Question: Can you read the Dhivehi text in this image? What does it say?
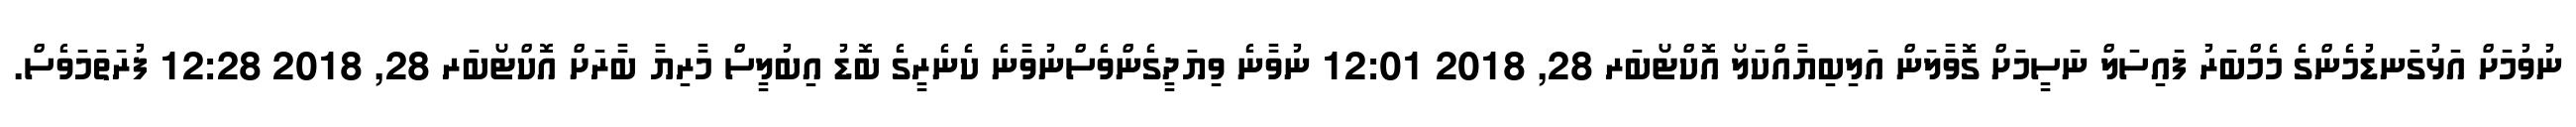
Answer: ނުވުމަށް އަޅުގަނޑުމެންގެ މެމްބަރު ފައިސަލް ނަސީމަށް ގޮވާލަން އަލިބިޔާއްކަލޯ އޮކްޓޯބަރ 28, 2018 12:01 ނުވާނެ ވިޔަދީގެންވެސްނުވާނެ ކެނެރީގެ ބޮޑު އިބުލީސް މާރިޔާ ބާރަށް އޮކްޓޯބަރ 28, 2018 12:28 ފުރަތަމަވެސް.